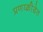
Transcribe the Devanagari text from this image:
प्रणय्क्रीडेत